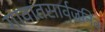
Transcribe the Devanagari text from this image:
गावातसार्वजनिक